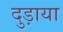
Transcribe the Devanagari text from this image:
दुड़ाया